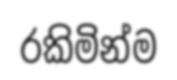
රකිමින්ම